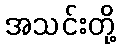
အသင်းတို့